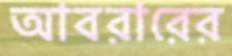
আবরারের